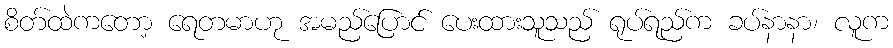
စိတ်ထဲကတော့ ရေတမာဟု အမည်ပြောင် ပေးထားသူသည် ရုပ်ရည်က ခပ်နာနာ၊ လူက